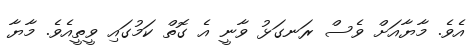
އެވެ. މާޔާއަށް ވެސް ރަނގަޅު ވާނީ އެ ގޮތް ކަމުގައި ވީތީއެވެ. މާޔާ